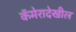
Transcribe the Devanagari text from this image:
कॅमेरादेखील